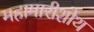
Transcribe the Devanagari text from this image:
महामारीशोथ